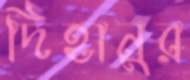
দিহানুর